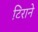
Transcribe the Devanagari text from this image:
टिराने